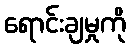
ရောင်းချမှုကို